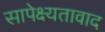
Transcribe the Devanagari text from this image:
सापेक्ष्यतावाद